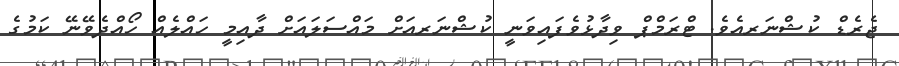
ޖެރެޑް ކުޝްނަރއެވެ. ޓްރަމްޕް ވިދާޅުވެފައިވަނީ ކުޝްނަރއަށް މައްސަލައަށް ދާއިމީ ހައްލެއް ހޯއްދެވޭނޭ ކަމުގެ